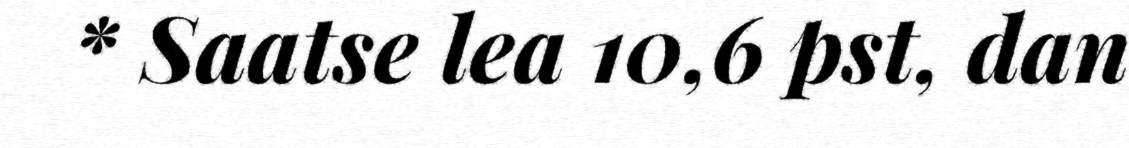
* Saatse lea 10,6 pst, dan